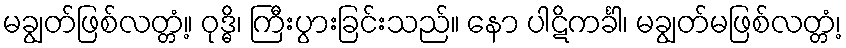
မချွတ်ဖြစ်လတ္တံ့။ ဝုဒ္ဓိ၊ ကြီးပွားခြင်းသည်။ နော ပါဋိကင်္ခါ၊ မချွတ်မဖြစ်လတ္တံ့၊